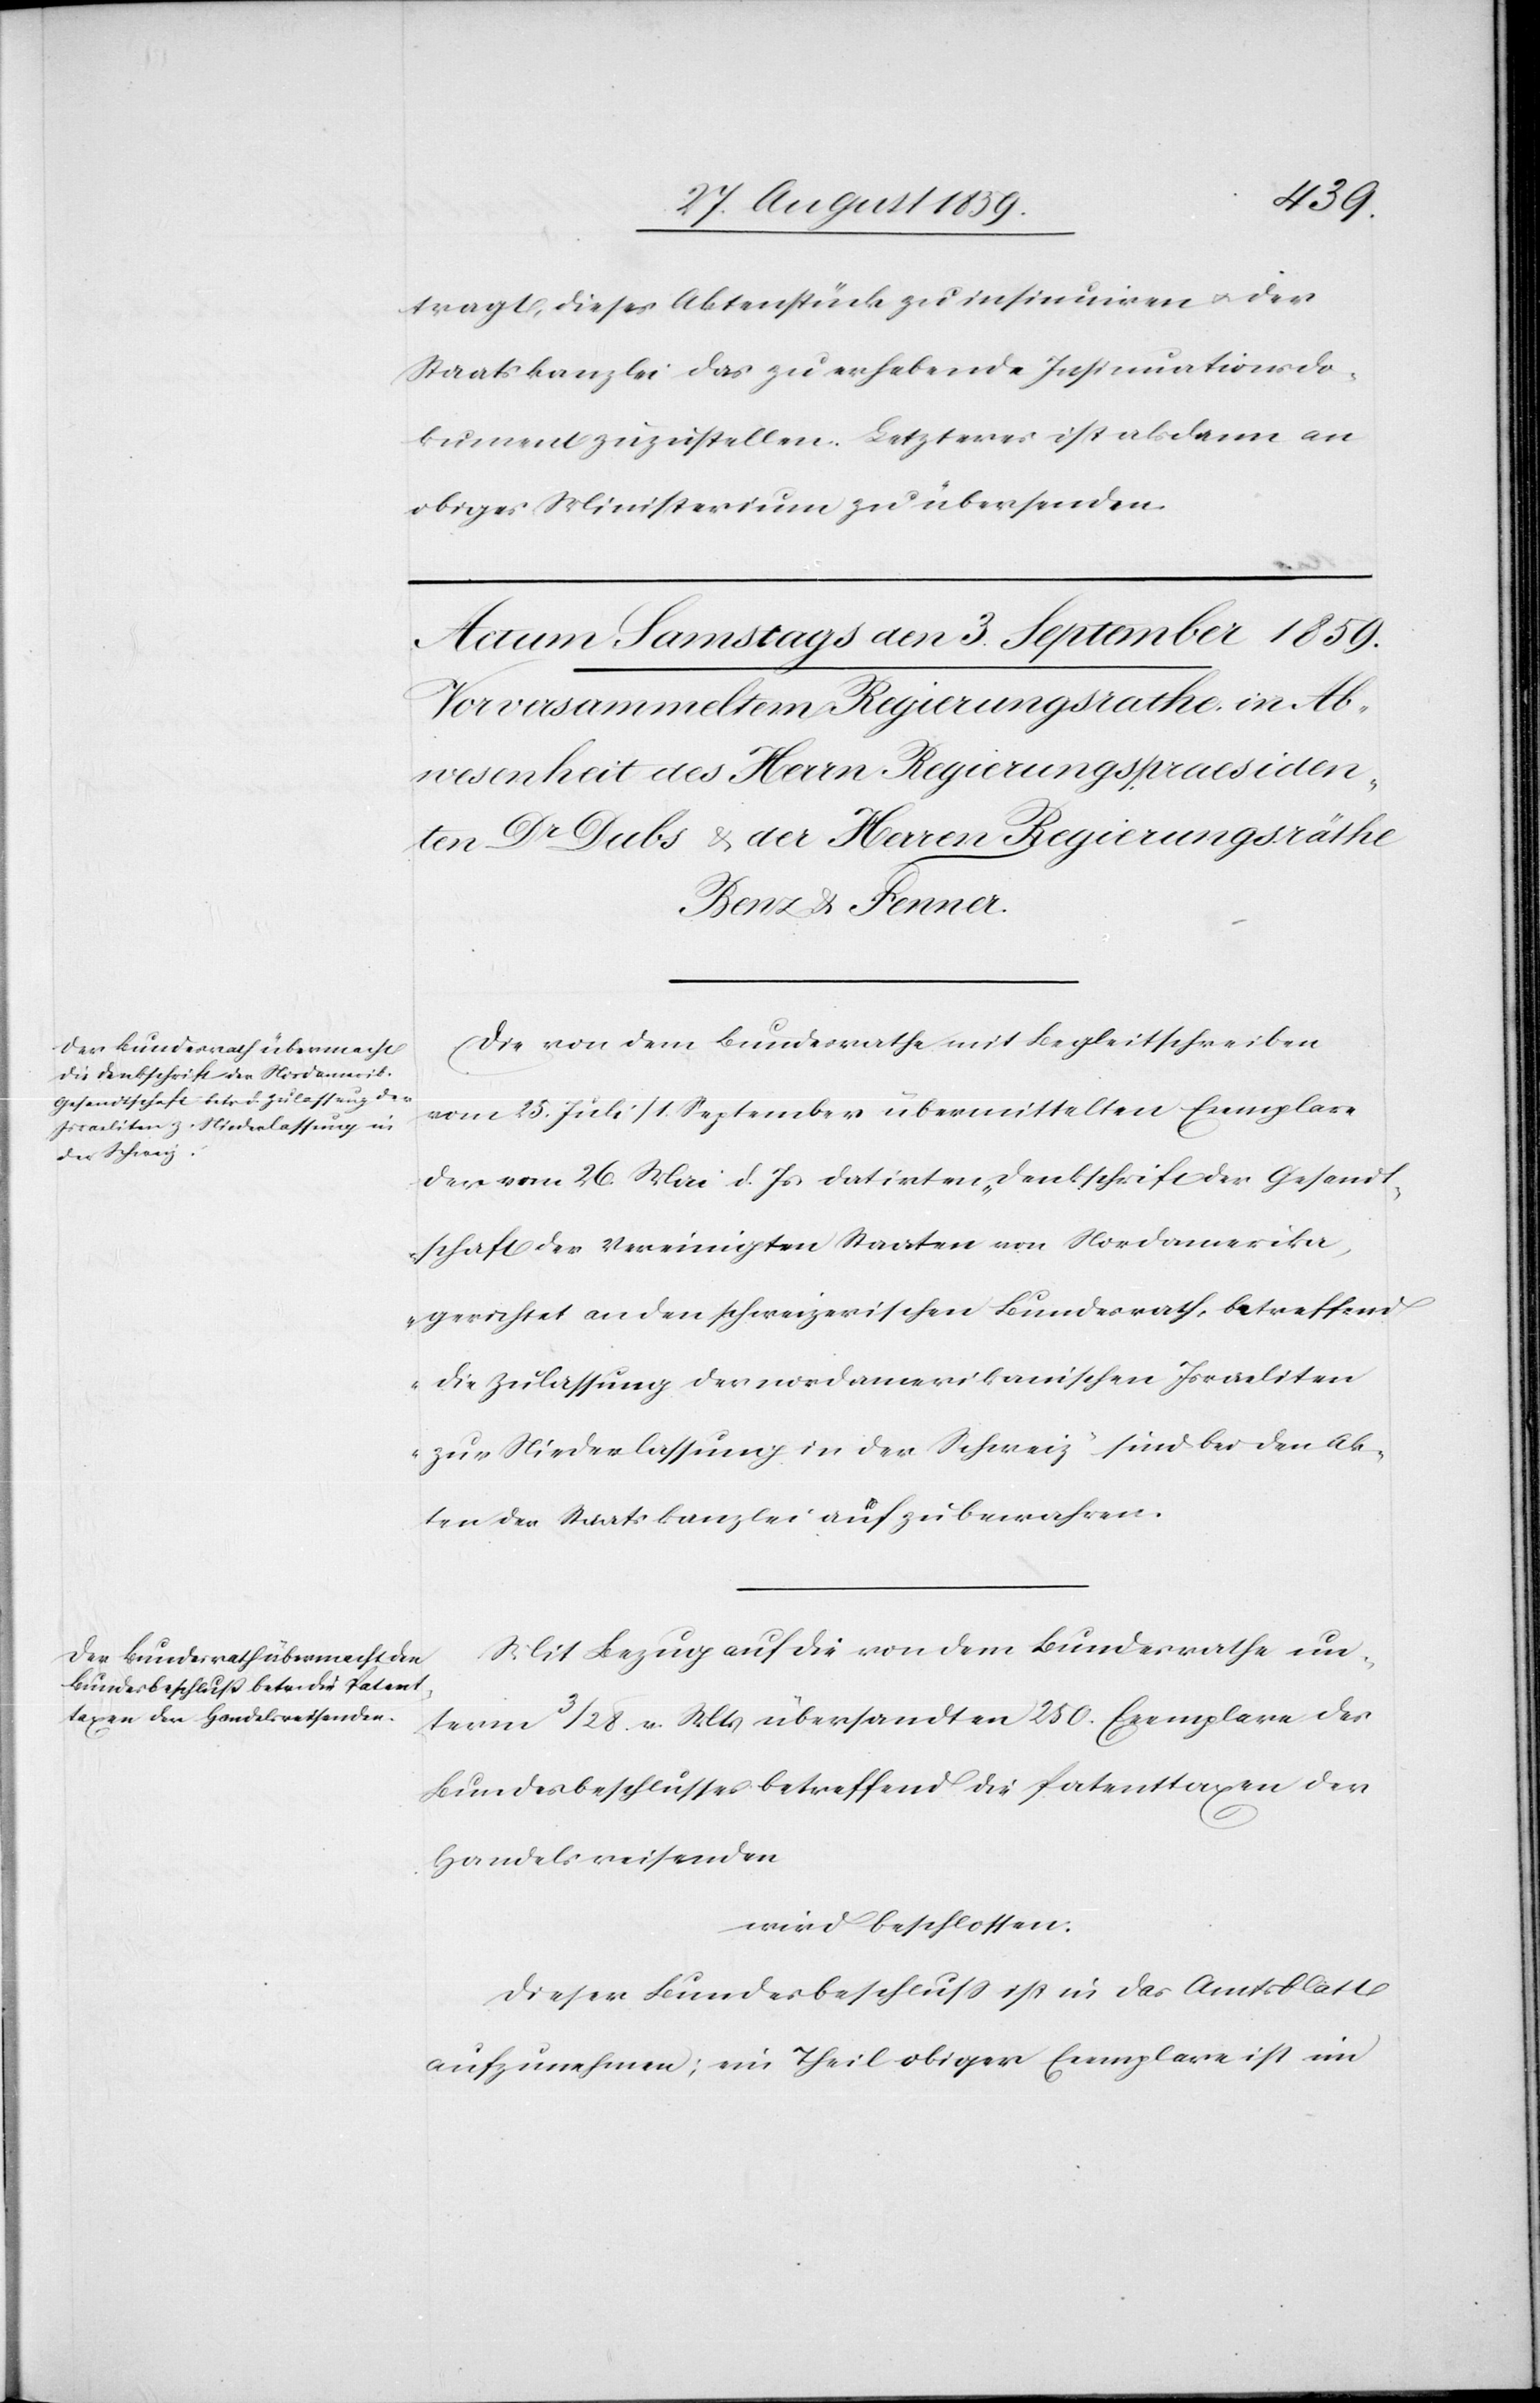
tragt, dieses Aktenstück zu insinuiren & der
Staatskanzlei das zu erhebende Insinuationsdo¬
kument zuzustellen. Letzteres ist alsdann an
obiges Ministerium zu übersenden.
Die von dem Bundesrath mit Begleitschreiben
vom 25. Juli/1. September übermittelten Exemplare
der vom 26. Mai d. Js. datirten „Denkschrift der Gesandt¬
schaft der Vereinigten Staaten von Nordamerika,
gerichtet an den schweizerischen Bundesrath, betreffend
die Zulassung der nordamerikanischen Israeliten
zur Niederlassung in der Schweiz“ sind bei den Ak¬
ten der Staatskanzlei aufzubewahren.
Mit Bezug auf die von dem Bundesrath un¬
term 3/28. v. Mts. übersandten 250. Exemplare des
Bundesbeschlusses betreffend die Patenttaxen der
Handelsreisenden
wird beschlossen:
dieser Bundesbeschluß ist in das Amtsblatt
aufzunehmen; ein Theil obiger Exemplare ist im